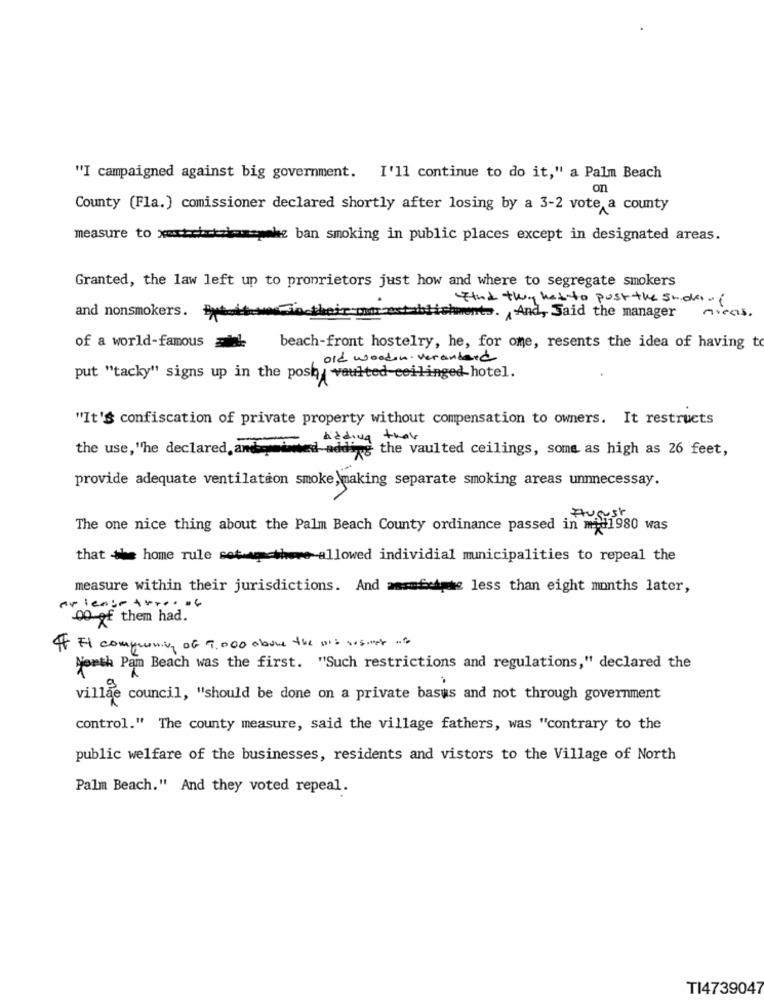
"I campaigned against big government. I'll continue to do it," a Palm Beach
on
County (Fla.) comissioner declared shortly after losing by a 3-2 vote a county
measure to xahehezkamarche ban smoking in public places except in designated areas.
Granted, the law left up to proprietors just how and where to segregate smokers
Find they hat to post the sideof
their muros
Avecs .
and nonsmokers. Byt-
shment .. And, Said the manager
of a world-famous ! beach-front hostelry, he, for ome, resents the idea of having to
old wooden veranderd
put "tacky" signs up in the posh vaulted ceilinged hotel.
"It's confiscation of private property without compensation to owners. It restructs
adding that
the use, "he declared, and med add"
ling the vaulted ceilings, some as high as 26 feet,
provide adequate ventilation smoke,making separate smoking areas unnnecessay.
The one nice thing about the Palm Beach County ordinance passed in mid1980 was
that the home rule setup have allowed individial municipalities to repeal the
measure within their jurisdictions. And wasmfcare less than eight months later,
or lenge three of
00 of them had.
IF It compraning of 9.000 about the old onset of
Youth Pam Beach was the first. "Such restrictions and regulations," declared the
villae council, "should be done on a private basus and not through government
control." The county measure, said the village fathers, was "contrary to the
public welfare of the businesses, residents and vistors to the Village of North
Palm Beach." And they voted repeal.
TI4739047